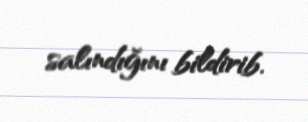
salındığını bildirib.